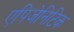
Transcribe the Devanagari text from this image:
एपिजेनिटिक